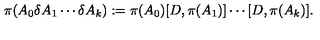
\pi ( A _ { 0 } \delta A _ { 1 } \cdots \delta A _ { k } ) : = \pi ( A _ { 0 } ) [ D , \pi ( A _ { 1 } ) ] \cdots [ D , \pi ( A _ { k } ) ] .